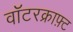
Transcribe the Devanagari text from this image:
वॉटरक्राफ़्ट